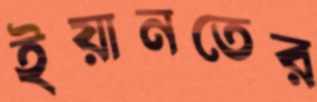
ইয়ানতের